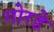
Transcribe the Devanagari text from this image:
गोरडे